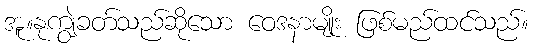
အူ။နုကျွဲခတ်သည်ဆိုသော ဝေဒနာမျိုး ဖြစ်မည်ထင်သည်။